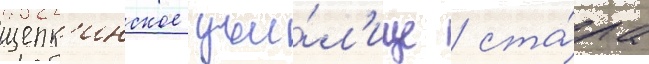
щепк'инское учи́л'ище / ста́ла